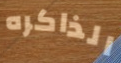
الذاكره